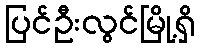
ပြင်ဦးလွင်မြို့ရှိ